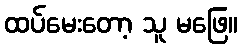
ထပ်မေးတော့ သူ မဖြေ။